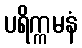
ပရိက္ကမနံ